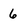
Character: 6